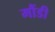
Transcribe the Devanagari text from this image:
मौंडी